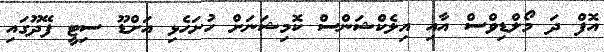
އޮފް ދަ މޯލްޑިވްސް އާއި އިލެކްޝަންސް ކޮމިޝަނަށް ހުށަހެޅި އަށްޑޫ ސިޓީ ފޭދޫގައި